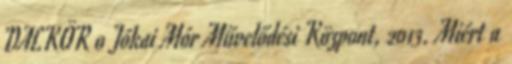
DALKÖR 0 Jókai Mór Művelődési Központ, 2013. Miért a